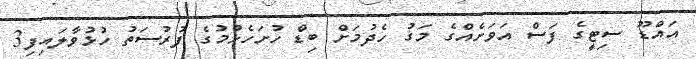
އައްޑޫ ސިޓީގެ ފަސް އަވަށެއްގެ މަގު ހެދުމަށް ބިޑް ހުށަހެޅުމުގެ ފުރުސަތު ހުޅުވާލައިފި3